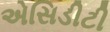
એસિડીટી